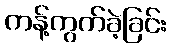
ကန့်ကွက်ခဲ့ခြင်း